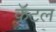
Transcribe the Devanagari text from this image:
कॅटल